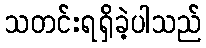
သတင်းရရှိခဲ့ပါသည်